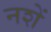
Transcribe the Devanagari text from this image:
नशें